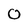
Character: O